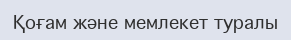
Қоғам және мемлекет туралы